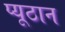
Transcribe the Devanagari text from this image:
प्यूठान